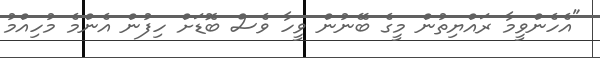
"އެހެންވީމާ ރައްޔިތުން މީގެ ބޭނުން ވީހާ ވެސް ބޮޑަށް ހިފުން އެންމެ މުހިއްމު